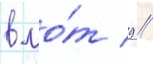
в ло́т 9 /